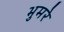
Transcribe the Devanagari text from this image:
भुमरे